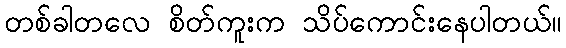
တစ်ခါတလေ စိတ်ကူးက သိပ်ကောင်းနေပါတယ်။